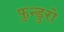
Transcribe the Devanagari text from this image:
फुन्डुरो